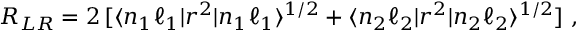
R _ { L R } = 2 \, [ \langle n _ { 1 } \ell _ { 1 } | r ^ { 2 } | n _ { 1 } \ell _ { 1 } \rangle ^ { 1 / 2 } + \langle n _ { 2 } \ell _ { 2 } | r ^ { 2 } | n _ { 2 } \ell _ { 2 } \rangle ^ { 1 / 2 } ] \, \, ,